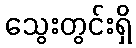
သွေးတွင်းရှိ